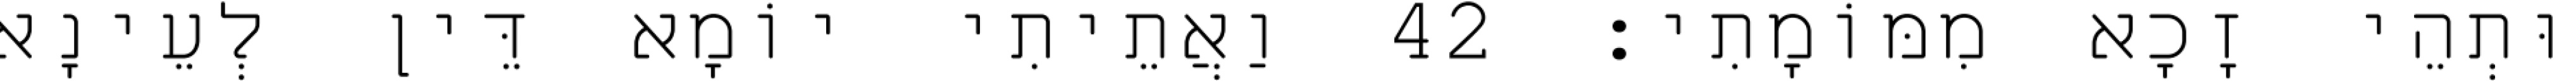
וּתְהֵי זָכָא מִמּוֹמָתִי׃ 42 וַאֲתֵיתִי יוֹמָא דֵּין לְעֵינָא